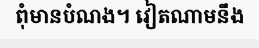
ពុំមានបំណង។ វៀតណាមនឹង